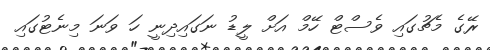
ރޭގެ މެޗުގައި ވެސްޓް ހޭމް އަށް ލީޑު ނަގައިދިނީ ހަ ވަނަ މިނެޓުގައި